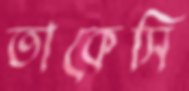
তাকেসি